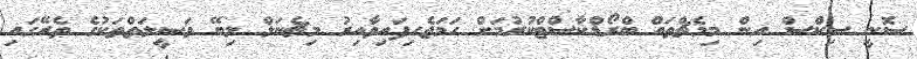
ސޮނީ ސިކްސް އިން މިމެޗްތައް ބްރޯޑްކާސްޓްކުރުމަށް ހަމަޖެހިފައިވާއިރު މިޗެނަލް ލިބޭ ވަޞީލަތްތަކުގެ ތެރޭގައި